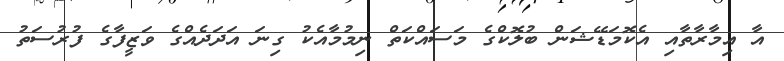
އާ އިމާރާތާއި އެކޮމަޑޭޝަން ބުލޮކްގެ މަސައްކަތް ނިމުމާއެކު ގިނަ އަދަދެއްގެ ވަޒީފާގެ ފުރުސަތު